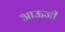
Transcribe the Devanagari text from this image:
आऊजी